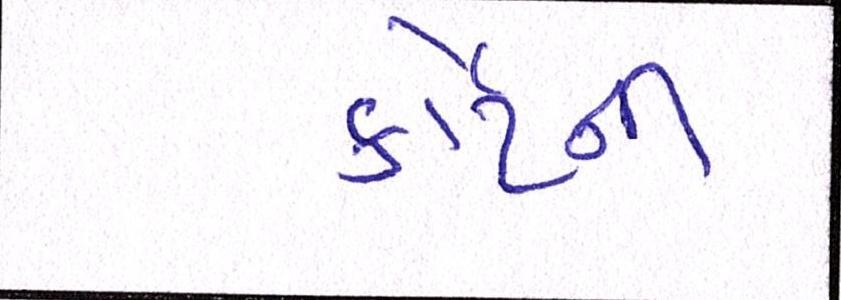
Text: કોર્ટની